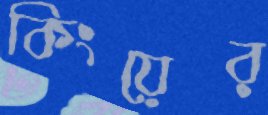
কিংয়ের